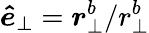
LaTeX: \boldsymbol{\hat{e}}_{\perp}=\boldsymbol{r}_{\perp}^{b}/r_{\perp}^{b}